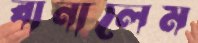
বানালেম